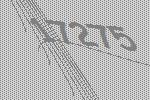
17275